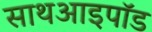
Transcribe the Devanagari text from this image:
साथआइपॉड